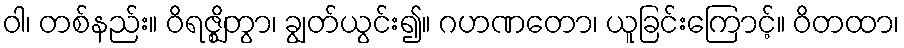
ဝါ၊ တစ်နည်း။ ဝိရဇ္ဈိတွာ၊ ချွတ်ယွင်း၍။ ဂဟဏတော၊ ယူခြင်းကြောင့်။ ဝိတထာ၊